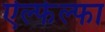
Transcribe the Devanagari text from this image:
ऐल्फेल्फा